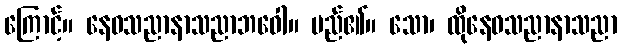
ကြောင့်။ နေဝသညာနာသညာဘဝေါ။ မည်၏။ သော၊ ထိုနေဝသညာနာသညာ